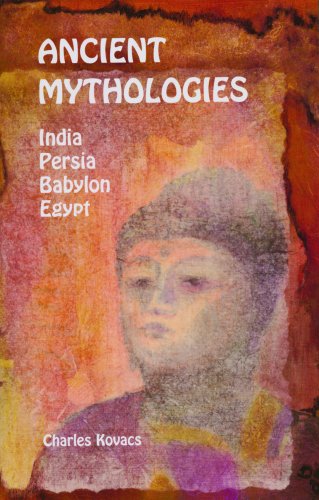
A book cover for Ancient Mythologies: India, Persia, Babylon, Egypt; Charles Kovacs; History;